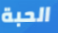
الحبة